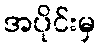
အပိုင်းမှ